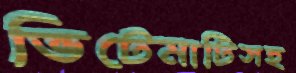
ভিটেমাটিসহ